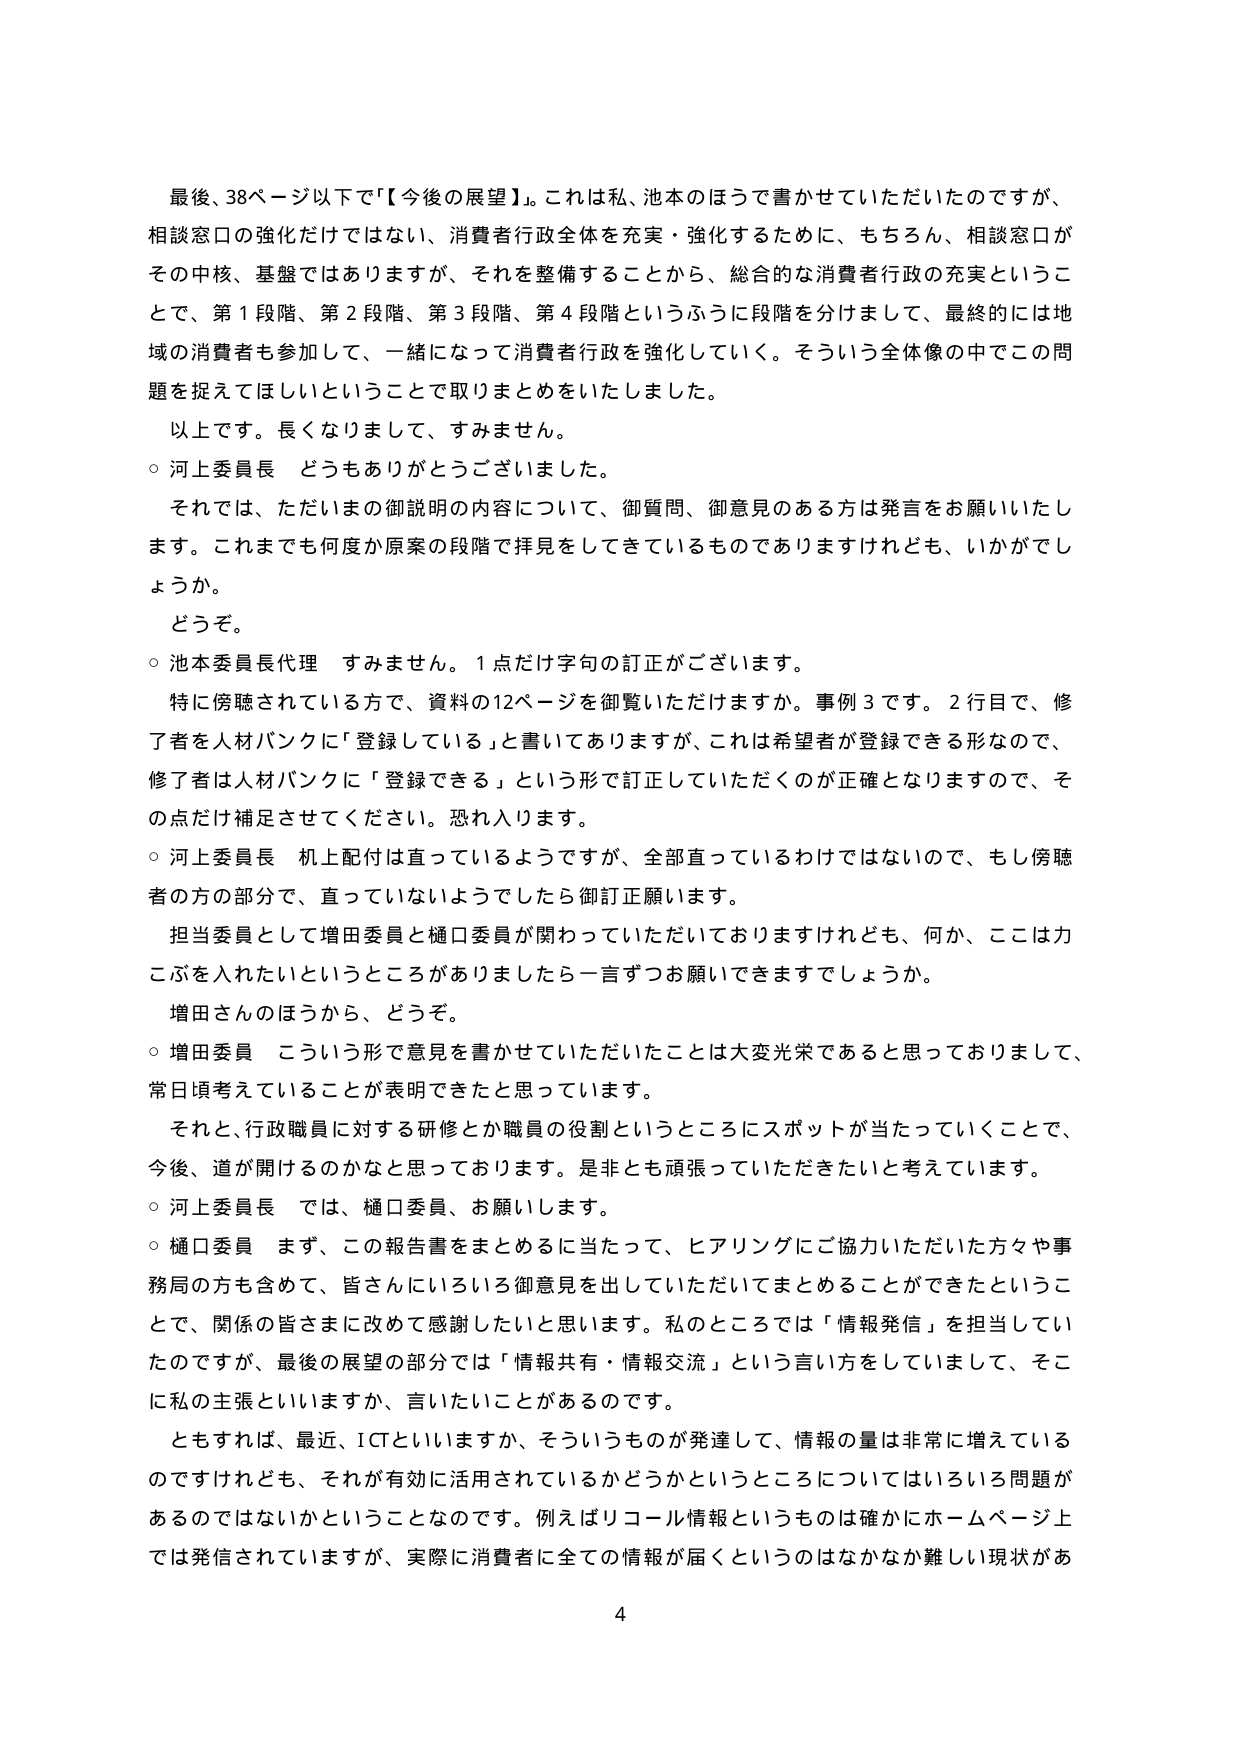
最後、38ページ以下で「【今後の展望】」。これは私、池本のほうで書かせていただいたのですが、相談窓口の強化だけではない、消費者行政全体を充実・強化するために、もちろん、相談窓口がその中核、基盤ではありますが、それを整備することから、総合的な消費者行政の充実ということで、第1段階、第2段階、第3段階、第4段階というふうに段階を分けまして、最終的には地域の消費者も参加して、一緒になって消費者行政を強化していく。そういう全体像の中でこの問題を捉えてほしいということで取りまとめをいたしました。

以上です。長くなりまして、すみません。

○ 河上委員長 どうもありがとうございました。

それでは、ただいまの御説明の内容について、御質問、御意見のある方は発言をお願いいたします。これまでも何度か原案の段階で拝見をしてきているものでありますけれども、いかがでしょうか。

どうぞ。

○ 池本委員長代理 すみません。1点だけ字句の訂正がございます。

特に傍聴されている方で、資料の12ページを御覧いただけますか。事例3です。2行目で、修了者を人材バンクに「登録している」と書いてありますが、これは希望者が登録できる形なので、修了者は人材バンクに「登録できる」という形で訂正していただくのが正確となりますので、その点だけ補足させてください。恐れ入ります。

○ 河上委員長 机上配付は直っているようですが、全部直っているわけではないので、もし傍聴者の方の部分で、直っていないようでしたら御訂正願います。

担当委員として増田委員と樋口委員が関わっていただいておりますけれども、何か、ここは力こぶを入れたいというところがありましたら一言ずつお願いできますでしょうか。

増田さんのはうから、どうぞ。

○ 増田委員 こういう形で意見を書かせていただいたことは大変光栄であると思っておりまして、常日頃考えていることが表明できたと思っています。

それと、行政職員に対する研修とか職員の役割というところにスポットが当たっていくことで、今後、道が開けるのかなと思っております。是非とも頑張っていただきたいと考えています。

○ 河上委員長 では、樋口委員、お願いします。

○ 樋口委員 まず、この報告書をまとめるに当たって、ヒアリングにご協力いただいた方々や事務局の方も含めて、皆さんにいろいろ御意見を出していただいてまとめることができたということで、関係の皆さまに改めて感謝したいと思います。私のところでは「情報発信」を担当していたのですが、最後の展望の部分では「情報共有・情報交流」という言い方をしていまして、そこに私の主張といいますか、言いたいことがあるのです。

ともすれば、最近、ICTといいますか、そういうものが発達して、情報の量は非常に増えているのですけれども、それが有効に活用されているかどうかというところについてはいろいろ問題があるのではないかということなのです。例えばリコール情報というものは確かにホームページ上では発信されていますが、実際に消費者に全ての情報が届くというのはなかなか難しい現状があ

4